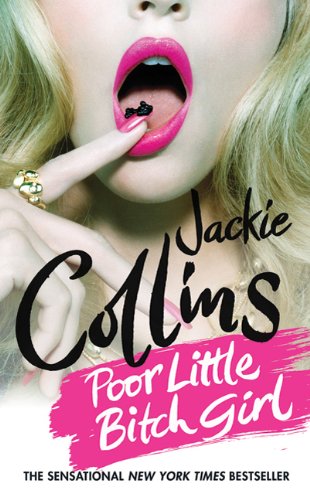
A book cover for Poor Little Bitch Girl; Jackie Collins; Literature & Fiction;